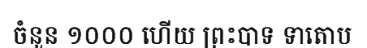
ចំនួន ១០០០ ហើយ ព្រះបាទ ទាតោប